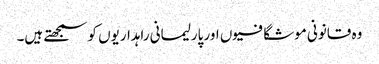
وہ قانونی موشگافیوں اور پارلیمانی راہداریوں کو سمجھتے ہیں۔